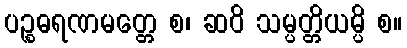
ပဉ္စဓရဏမတ္တေ စ၊ ဆဝိ သမ္ပတ္တိယမ္ပိ စ။